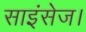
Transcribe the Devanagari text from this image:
साइंसेज।